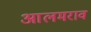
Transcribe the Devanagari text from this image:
आलमराव